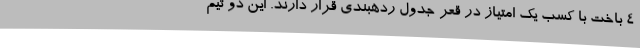
4 باخت با کسب یک امتیاز در قعر جدول ردهبندی قرار دارند. این دو تیم